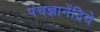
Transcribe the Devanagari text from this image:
पंचज्ञानेंद्रिये